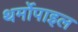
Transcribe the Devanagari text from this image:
थर्मोपाइल